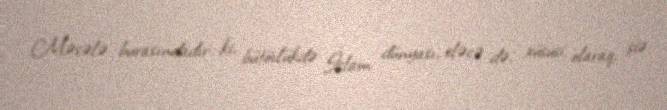
Məsələ burasındadır ki, bütövlükdə İslam dünyası, eləcə də, xüsusi olaraq, şiə